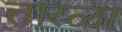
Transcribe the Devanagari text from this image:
तारळा